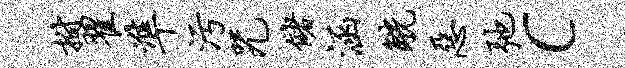
拊翟准污咒储涵觥恶弛c